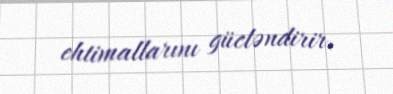
ehtimallarını gücləndirir.